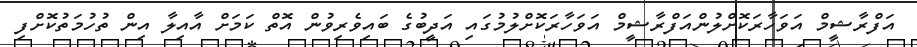
އަފްރާޝީމް އަވަހާރަކޮށްލުންއަފްރާޝީމް އަވަހާރަކޮށްލުމުގައި އަދީބުގެ ބައިވެރިވުން އޮތް ކަމަށް އާއިލާ އިން ތުހުމަތުކޮށްފި